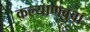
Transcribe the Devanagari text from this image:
कल्याणबुवा